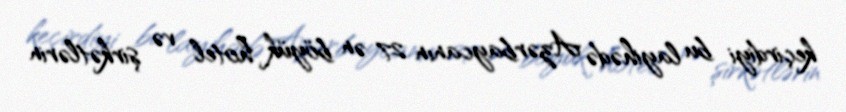
keçirdiyi bu layihədə Azərbaycanın 27 ən böyük hotel və şirkətlərin